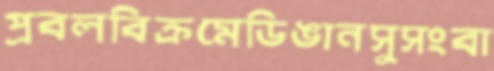
প্রবলবিক্রমেডিঙানসুসংবা